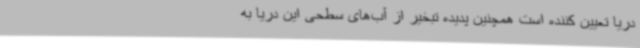
دریا تعیین کننده است همچنین پدیده تبخیر از آب‌های سطحی این دریا به